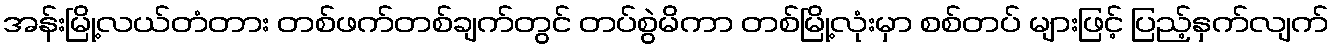
အန်းမြို့လယ်တံတား တစ်ဖက်တစ်ချက်တွင် တပ်စွဲမိကာ တစ်မြို့လုံးမှာ စစ်တပ် များဖြင့် ပြည့်နှက်လျက်